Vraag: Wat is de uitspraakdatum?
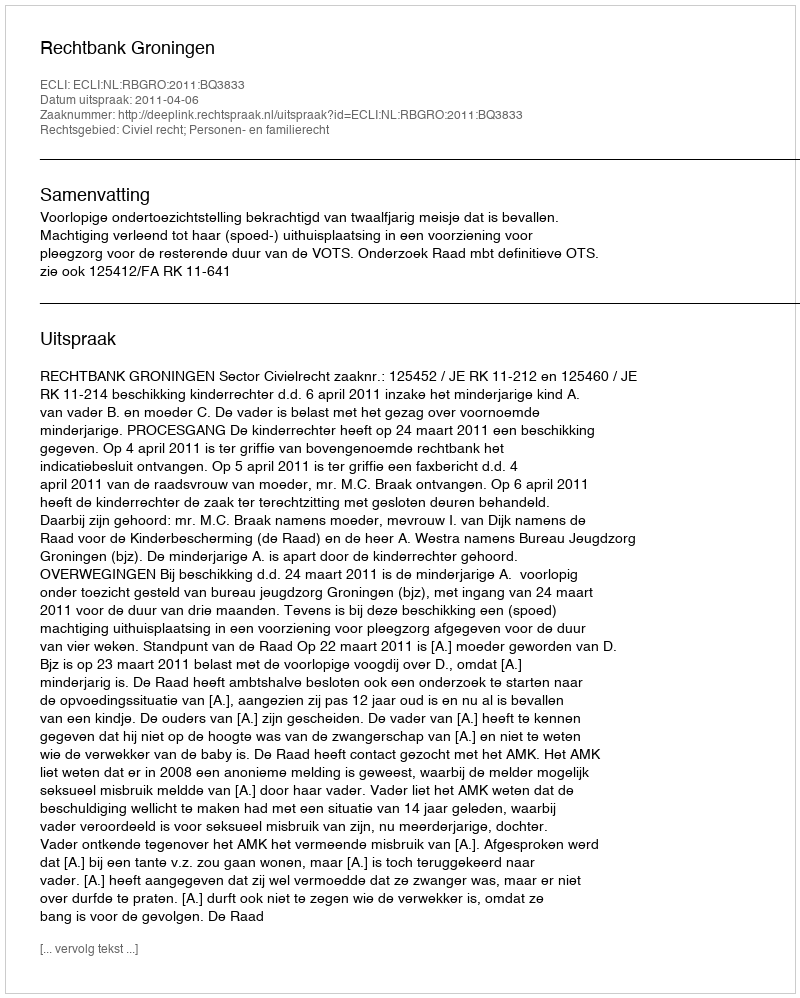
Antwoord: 2011-04-06